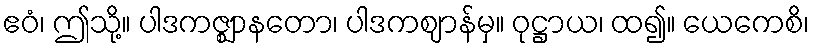
ဧဝံ၊ ဤသို့။ ပါဒကဇ္ဈာနတော၊ ပါဒကဈာန်မှ။ ဝုဋ္ဌာယ၊ ထ၍။ ယေကေစိ၊